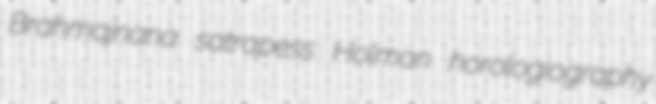
Brahmajnana satrapess Holman horologiography